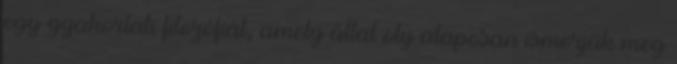
egy gyakorlati filozófiát, amely által oly alaposan ismerjük meg